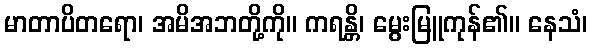
မာတာပိတရော၊ အမိအဘတို့ကို။ ကရန္တိ၊ မွေးမြူကုန်၏။ နေသံ၊